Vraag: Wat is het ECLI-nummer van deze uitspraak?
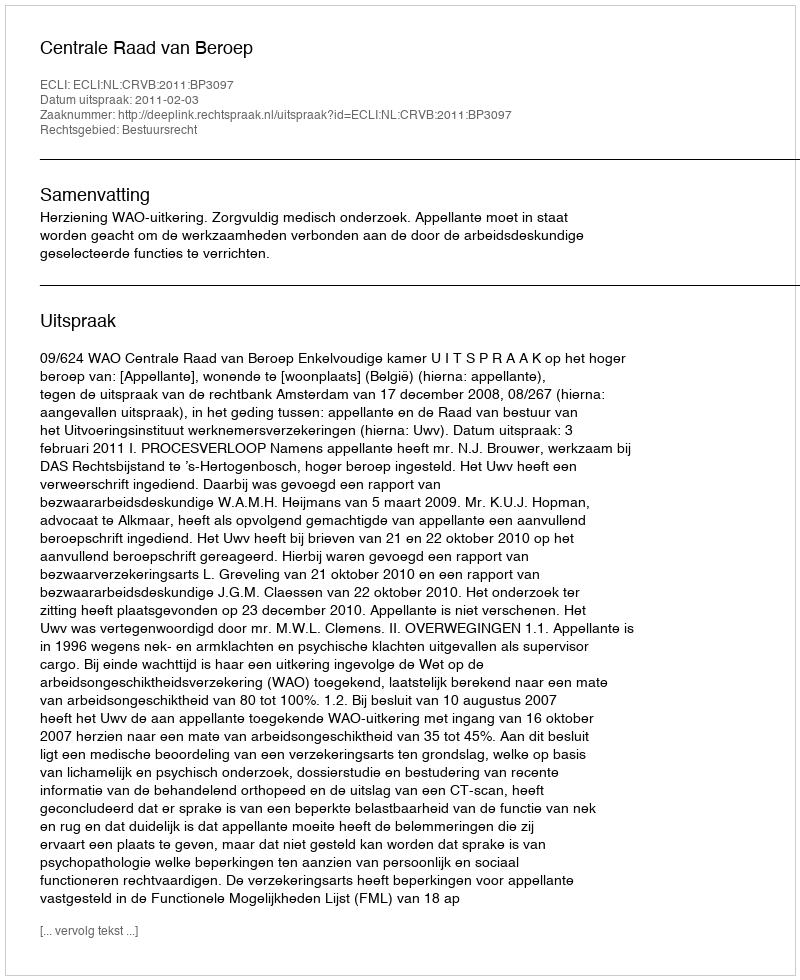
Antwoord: ECLI:NL:CRVB:2011:BP3097